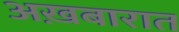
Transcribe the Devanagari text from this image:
अख़बारात